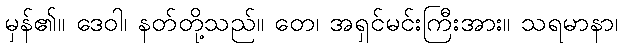
မှန်၏။ ဒေဝါ၊ နတ်တို့သည်။ တေ၊ အရှင်မင်းကြီးအား။ သရမာနာ၊